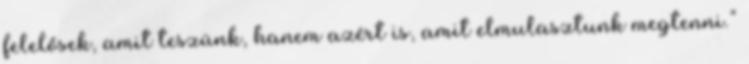
felelősek, amit teszünk, hanem azért is, amit elmulasztunk megtenni.”